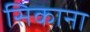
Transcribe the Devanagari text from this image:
सिकाना